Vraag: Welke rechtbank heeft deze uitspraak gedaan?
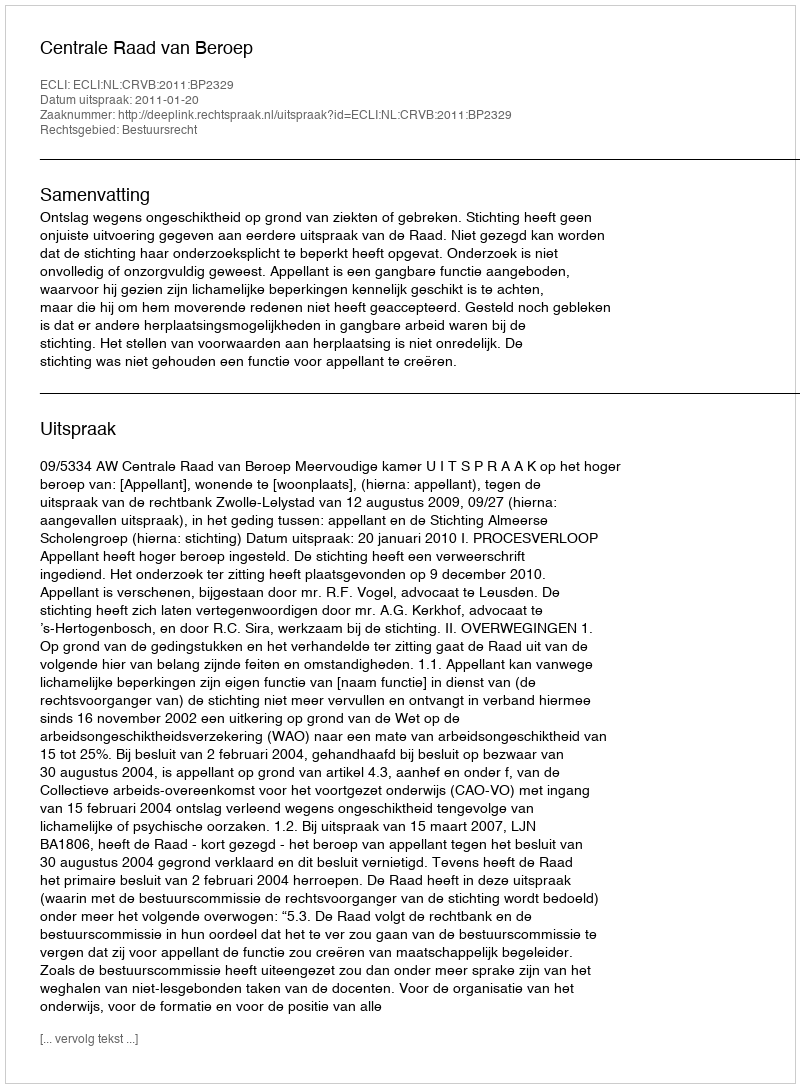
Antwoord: Centrale Raad van Beroep